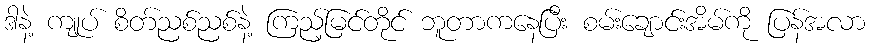
ဒါနဲ့ ကျုပ် စိတ်ညစ်ညစ်နဲ့ ကြည့်မြင်တိုင် ဘူတာကနေပြီး စမ်းချောင်းအိမ်ကို ပြန်အလာ